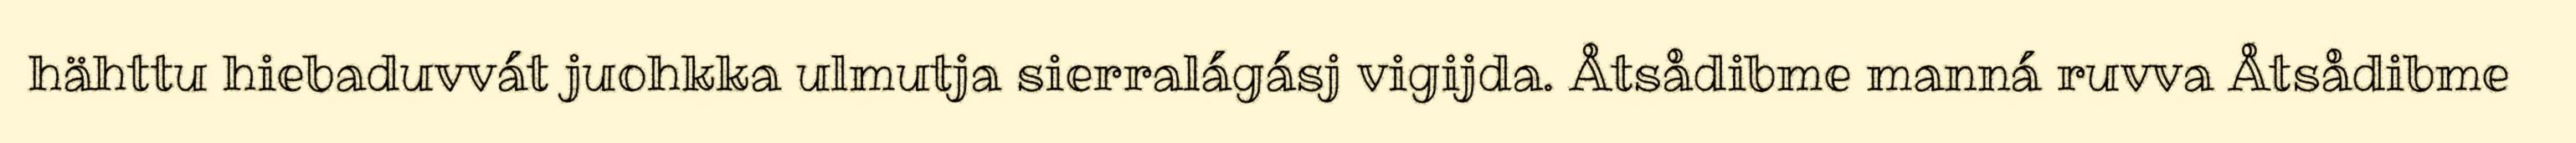
hähttu hiebaduvvát juohkka ulmutja sierralágásj vigijda. Åtsådibme manná ruvva Åtsådibme